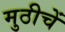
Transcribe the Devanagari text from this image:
मुठीचें